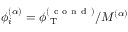
\phi _ { i } ^ { ( \alpha ) } = \phi _ { \mathrm { ~ T ~ } } ^ { ( \mathrm { ~ c ~ o ~ n ~ d ~ } ) } / M ^ { ( \alpha ) }